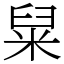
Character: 䊆